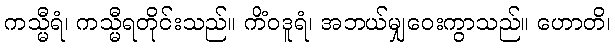
ကသ္မီရံ၊ ကသ္မီရတိုင်းသည်။ ကိံဝဒူရံ၊ အဘယ်မျှဝေးကွာသည်။ ဟောတိ၊